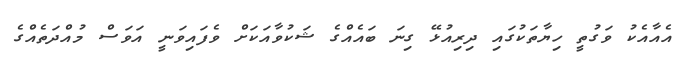
އެއާއެކު ވަގުތީ ހިޔާތަކުގައި ދިރިއުޅޭ ގިނަ ބައެއްގެ ޝަކުވާއަކަށް ވެފައިވަނީ އަވަސް މުއްދަތެއްގެ